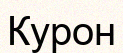
Курон